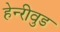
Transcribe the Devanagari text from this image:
हेन्‍रीवुड